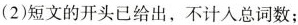
(2)短文的开头已给出，不计入总词数；